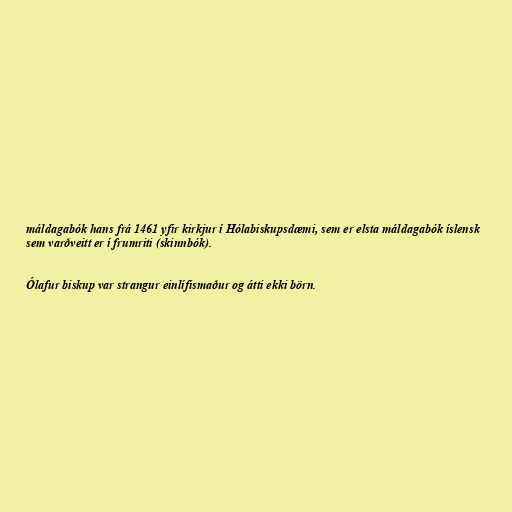
máldagabók hans frá 1461 yfir kirkjur í Hólabiskupsdæmi, sem er elsta máldagabók íslensk
sem varðveitt er í frumriti (skinnbók).

Ólafur biskup var strangur einlífismaður og átti ekki börn.